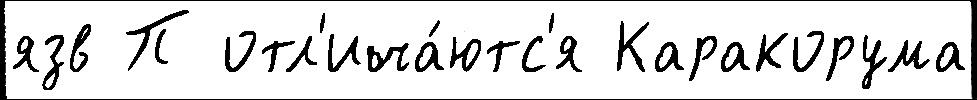
язв П отл'ича́ютс'я Каракорума